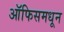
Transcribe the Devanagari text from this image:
ऑफिसमधून